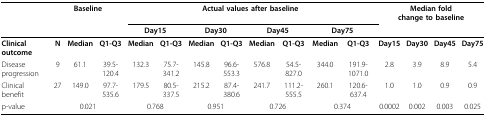
|  | <COLSPAN=3> Baseline | <COLSPAN=8> Actual values after baseline | <COLSPAN=4> Median foldchange to baseline |
 |  |  |  |  | <COLSPAN=2> Day15 | <COLSPAN=2> Day30 | <COLSPAN=2> Day45 | <COLSPAN=2> Day75 |  |  |  |  |
 | --- | --- | --- | --- | --- | --- | --- | --- | --- | --- | --- | --- | --- | --- | --- | --- |
 | Clinical outcome | N | Median | Q1-Q3 | Median | Q1-Q3 | Median | Q1-Q3 | Median | Q1-Q3 | Median | Q1-Q3 | Day15 | Day30 | Day45 | Day75 |
 | Disease progression | 9 | 61.1 | 39.5-120.4 | 132.3 | 75.7-341.2 | 145.8 | 96.6-553.3 | 576.8 | 54.5-827.0 | 344.0 | 191.9-1071.0 | 2.8 | 3.9 | 8.9 | 5.4 |
 | Clinical benefit | 27 | 149.0 | 97.7-535.6 | 179.5 | 80.5-337.5 | 215.2 | 87.4-380.6 | 241.7 | 111.2-555.5 | 260.1 | 120.6-637.4 | 1.0 | 1.0 | 0.9 | 0.9 |
 | p-value | <COLSPAN=3> 0.021 | <COLSPAN=2> 0.768 | <COLSPAN=2> 0.951 | <COLSPAN=2> 0.726 | <COLSPAN=2> 0.374 | 0.0002 | 0.002 | 0.003 | 0.025 |